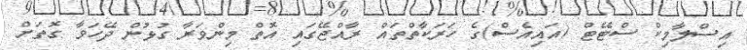
އިސްލާމިކް ސްޓޭޓް (އައިއެސް)ގެ ހަރަކާތްތައް ރާއްޖޭގައި އޮތް މިންވަރާ ގުޅުން ދޭހަވާ ގޮތަށް